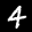
Label: 4